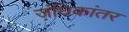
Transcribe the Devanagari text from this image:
जंघिकांतर